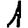
Digit: 1